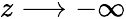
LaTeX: z\longrightarrow-\infty